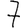
Digit: 7